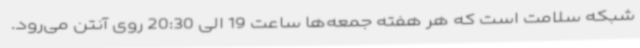
شبکه سلامت است که هر هفته جمعه‌ها ساعت 19 الی 20:30 روی آنتن می‌رود.